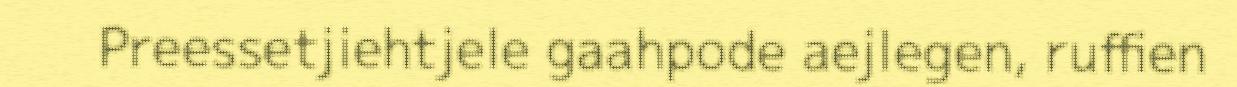
Preessetjiehtjele gaahpode aejlegen, ruffien